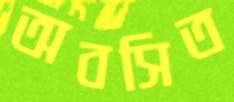
অবসিত